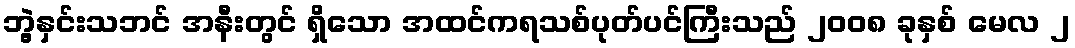
ဘွဲ့နှင်းသဘင် အနီးတွင် ရှိသော အထင်ကရသစ်ပုတ်ပင်ကြီးသည် ၂၀၀၈ ခုနှစ် မေလ ၂